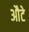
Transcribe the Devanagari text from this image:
औटे